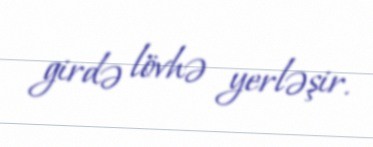
girdə lövhə yerləşir.